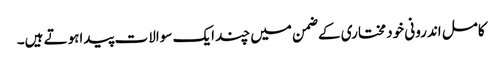
کامل اندرونی خود مختاری کے ضمن میں چند ایک سوالات پیداہوتے ہیں۔